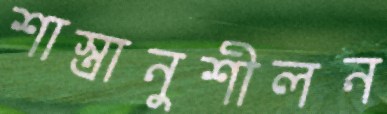
শাস্ত্রানুশীলন